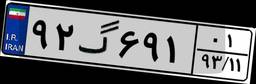
۹۲گ۶۹۱۰۱